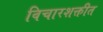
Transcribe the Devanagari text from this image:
विचारशक्तीत